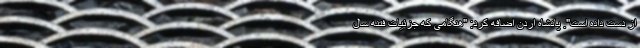
از دست داده است". پادشاه اردن اضافه کرد: "هنگامی که جزئیات فتنه سال